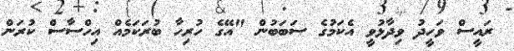
ރައީސް ވަހީދު ވިދާޅުވީ އެކަމުގެ ސަބަބުން "އޭގެ ހުރިހާ ބުރަކަމެއް އިހްސާސް ކުރަން